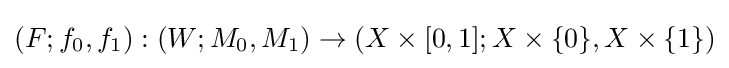
(F;f_{0},f_{1}):(W;M_{0},M_{1})\to (X\times [0,1];X\times \{0\},X\times \{1\})